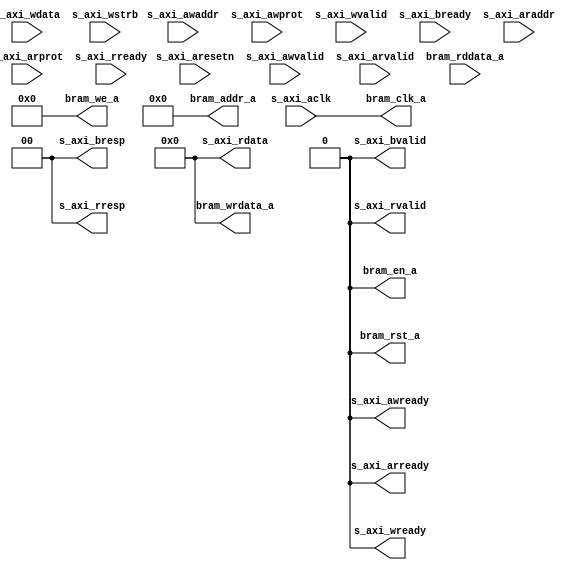
module axi_bram_ctrl_16b(s_axi_aclk, s_axi_aresetn, s_axi_awaddr, s_axi_awprot, s_axi_awvalid, s_axi_awready, s_axi_wdata, s_axi_wstrb, s_axi_wvalid, s_axi_wready, s_axi_bresp, s_axi_bvalid, s_axi_bready, s_axi_araddr, s_axi_arprot, s_axi_arvalid, s_axi_arready, s_axi_rdata, s_axi_rresp, s_axi_rvalid, s_axi_rready, bram_rst_a, bram_clk_a, bram_en_a, bram_we_a, bram_addr_a, bram_wrdata_a, bram_rddata_a)
;
  input s_axi_aclk;
  input s_axi_aresetn;
  input [15:0]s_axi_awaddr;
  input [2:0]s_axi_awprot;
  input s_axi_awvalid;
  output s_axi_awready;
  input [31:0]s_axi_wdata;
  input [3:0]s_axi_wstrb;
  input s_axi_wvalid;
  output s_axi_wready;
  output [1:0]s_axi_bresp;
  output s_axi_bvalid;
  input s_axi_bready;
  input [15:0]s_axi_araddr;
  input [2:0]s_axi_arprot;
  input s_axi_arvalid;
  output s_axi_arready;
  output [31:0]s_axi_rdata;
  output [1:0]s_axi_rresp;
  output s_axi_rvalid;
  input s_axi_rready;
  output bram_rst_a;
  output bram_clk_a;
  output bram_en_a;
  output [3:0]bram_we_a;
  output [15:0]bram_addr_a;
  output [31:0]bram_wrdata_a;
  input [31:0]bram_rddata_a;
   assign     s_axi_awready=1'b0;
   assign     s_axi_wready=1'b0;
   assign     s_axi_bresp[1:0]=2'b0;
   assign     s_axi_bvalid=1'b0;
   assign     s_axi_arready=1'b0;
   assign     s_axi_rdata[31:0]=32'b0;
   assign     s_axi_rresp[1:0]=2'b0;
   assign     s_axi_rvalid=1'b0;
   assign     bram_rst_a=1'b0;
   assign     bram_clk_a=s_axi_aclk;   
   assign     bram_en_a=1'b0;
   assign     bram_we_a [3:0]=4'b0;
   assign     bram_addr_a[15:0]=16'b0;
   assign     bram_wrdata_a[31:0]=32'b0;
endmodule